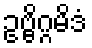
ဥဗ္ဗိဂ္ဂမိဒံ